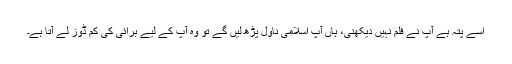
اسے پتہ ہے آپ نے فلم نہیں دیکھنی، ہاں آپ اسلامی ناول پڑھ لیں گے تو وہ آپ کے لیے برائی کی کم ڈوز لے آتا ہے۔